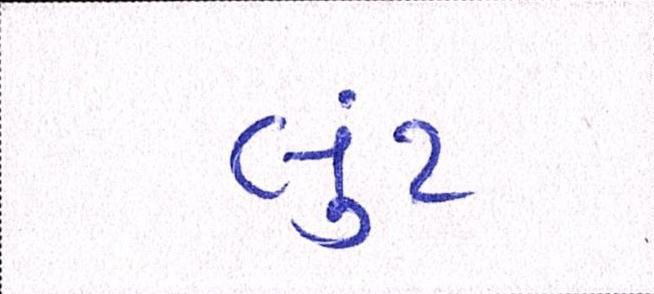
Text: લુંટ